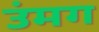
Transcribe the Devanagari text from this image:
उंमग